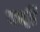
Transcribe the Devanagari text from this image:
वदों